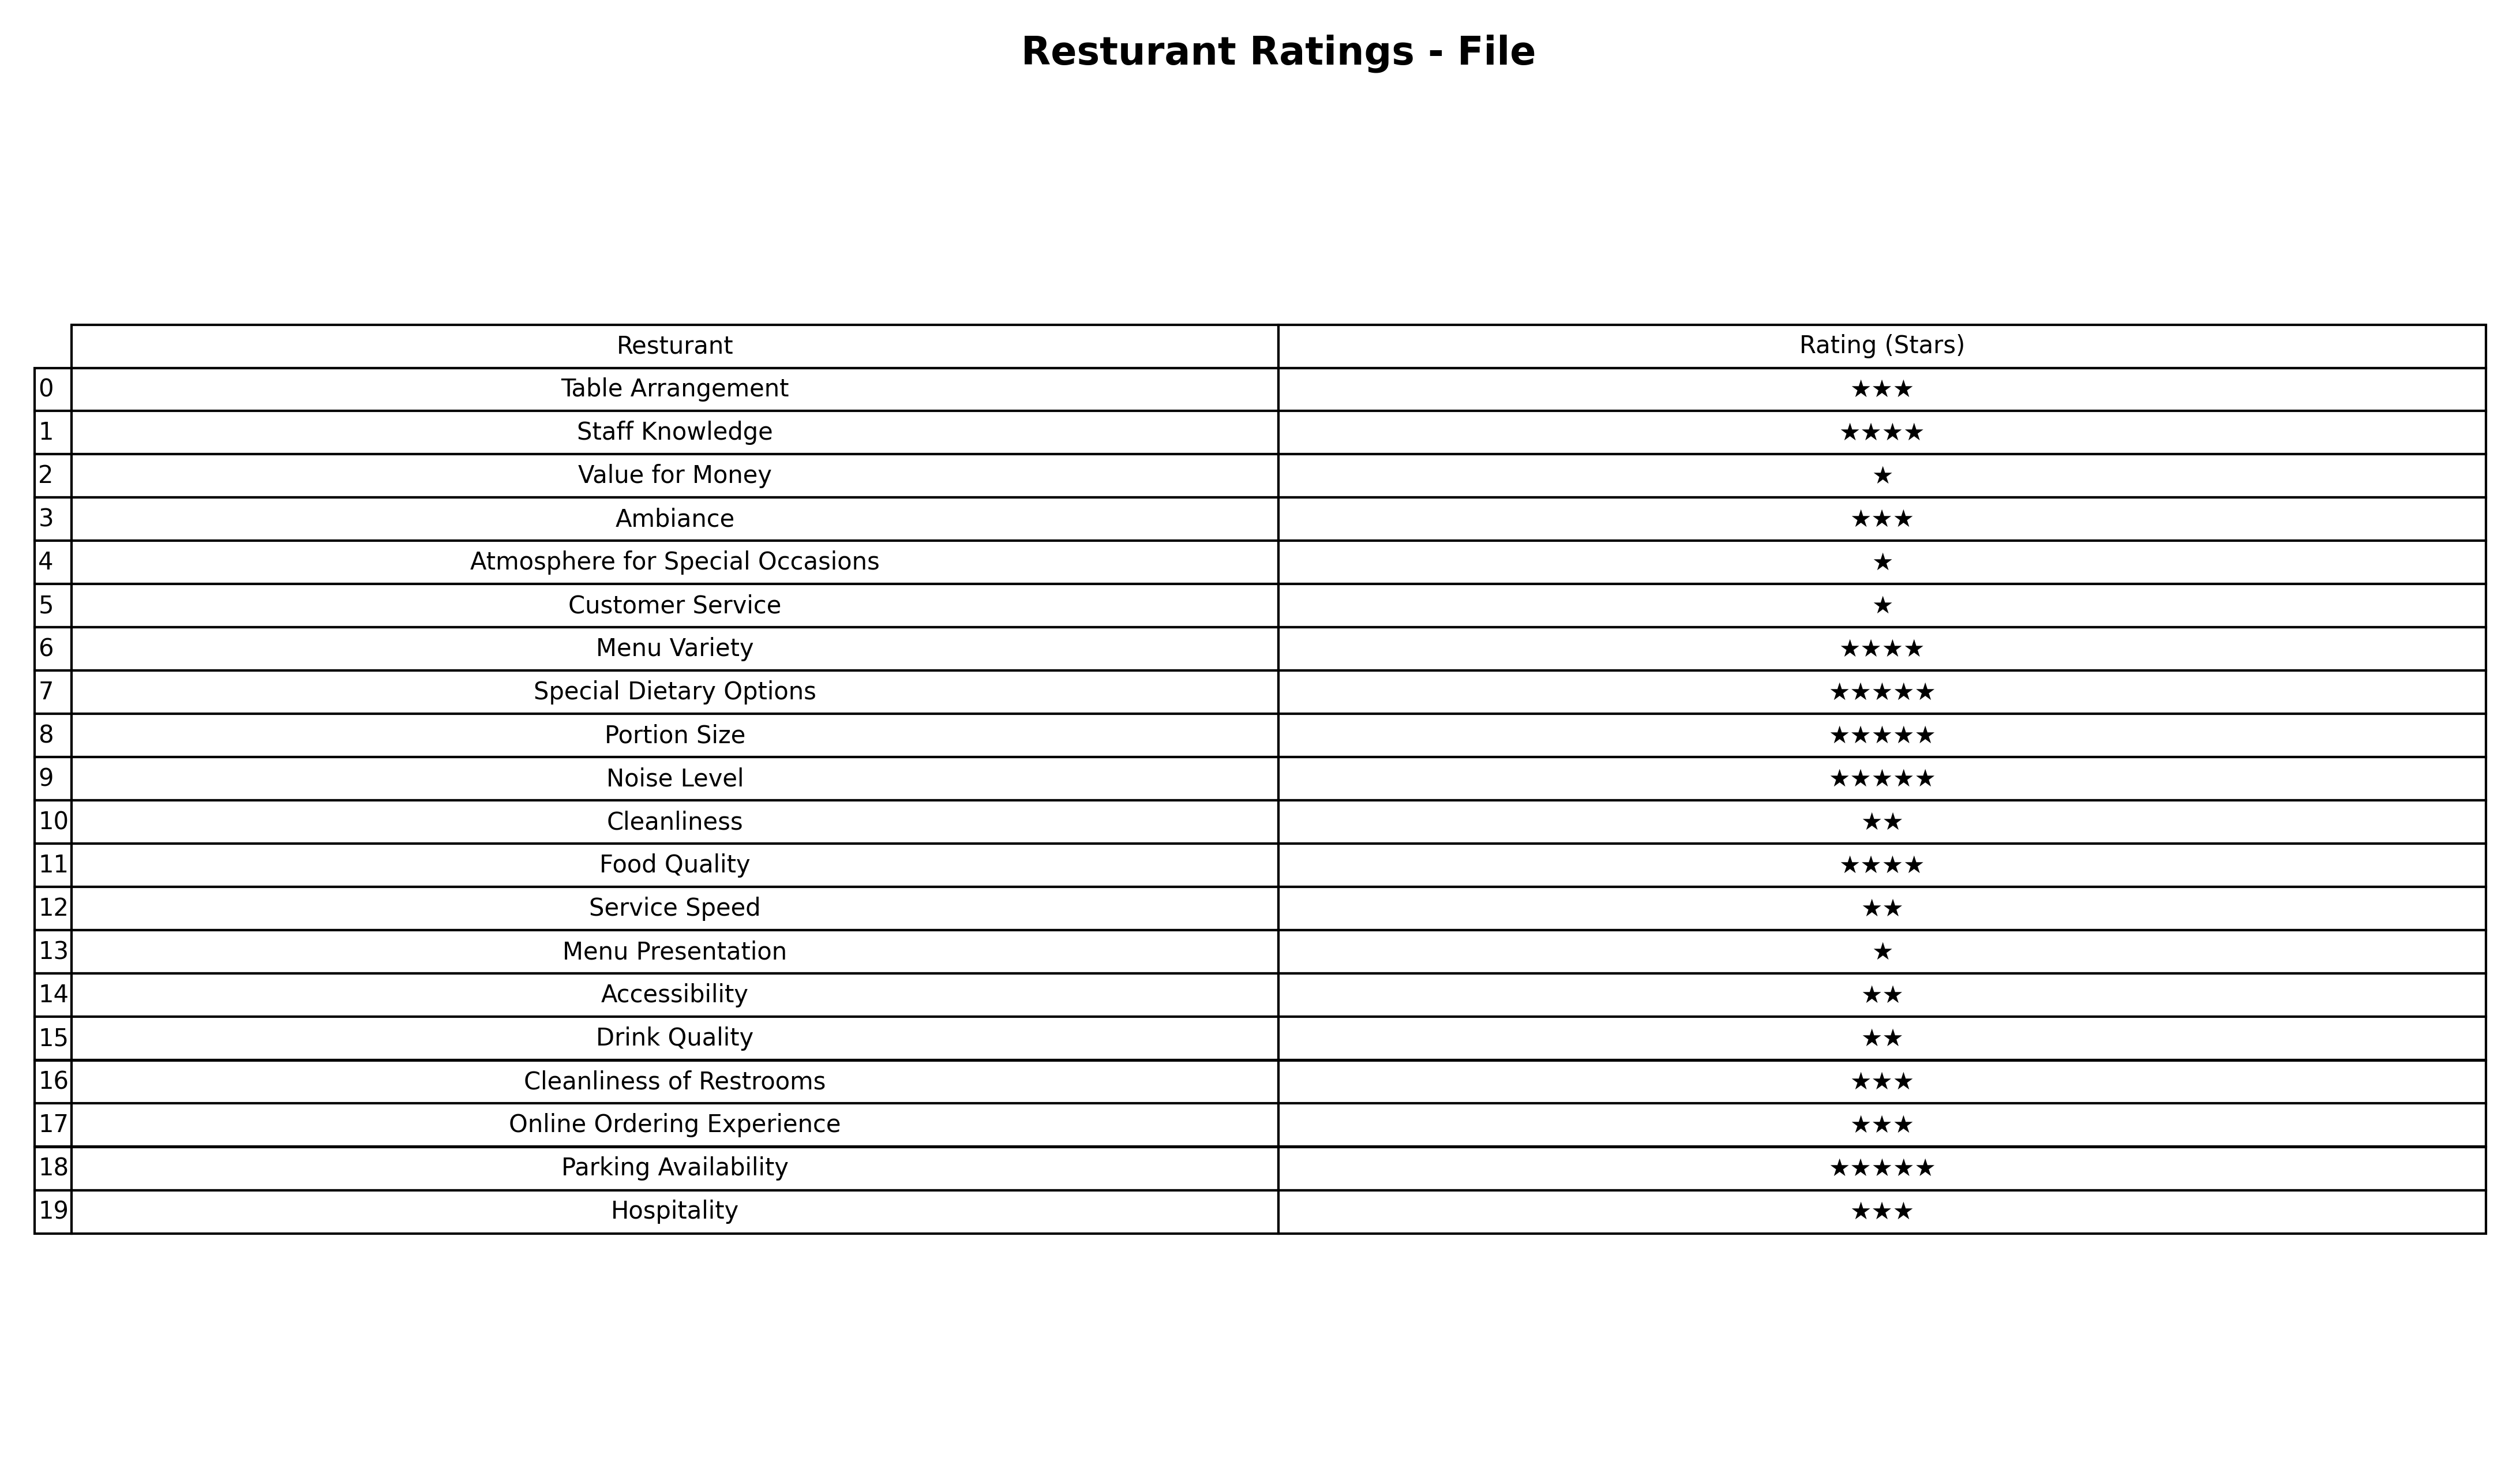
question: What are two star services?
answer: CleanlinessService SpeedAccessibilityDrink Quality